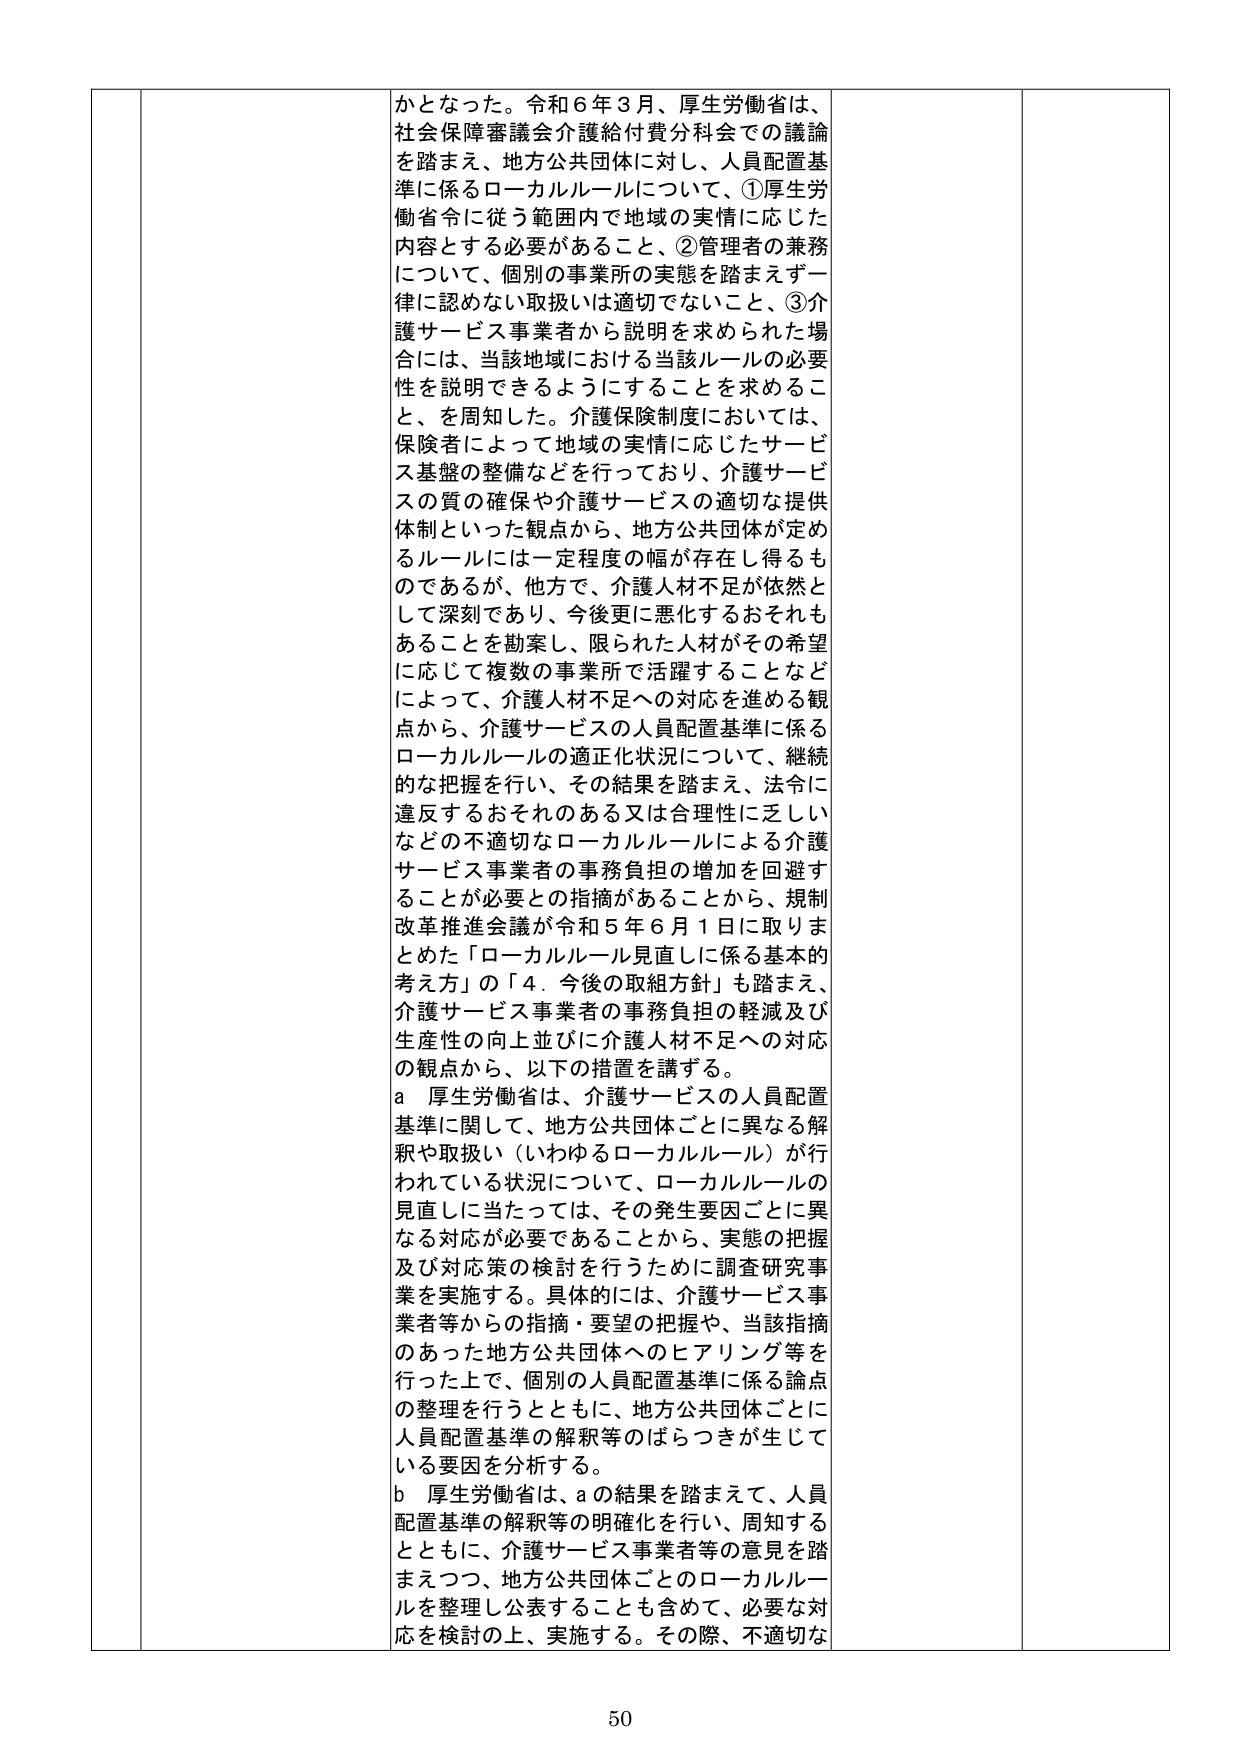
かとなった。令和６年３月、厚生労働省は、社会保障審議会介護給付費分科会での議論を踏まえ、地方公共団体に対し、人員配置基準に係るローカルルールについて、①厚生労働省令に従う範囲内で地域の実情に応じた内容とする必要があること、②管理者の兼務について、個別の事業所の実態を踏まえず一律に認めない取扱いは適切でないこと、③介護サービス事業者から説明を求められた場合には、当該地域における当該ルールの必要性を説明できるようにすることを求めるこ と、を周知した。介護保険制度においては、保険者によって地域の実情に応じたサービス基盤の整備などを行っており、介護サービスの質の確保や介護サービスの適切な提供体制といった観点から、地方公共団体が定めるルールには一定程度の幅が存在し得るものであるが、他方で、介護人材不足が依然として深刻であり、今後更に悪化するおそれもあることを勘案し、限られた人材がその希望に応じて複数の事業所で活躍することなどによって、介護人材不足への対応を進める観点から、介護サービスの人員配置基準に係るローカルルールの適正化状況について、継続的な把握を行い、その結果を踏まえ、法令に違反するおそれのある又は合理性に乏しいなどの不適切なローカルルールによる介護サービス事業者の事務負担の増加を回避することが必要との指摘があることから、規制改革推進会議が令和５年６月１日に取りまとめた「ローカルルール見直しに係る基本的考え方」の「４．今後の取組方針」も踏まえ、介護サービス事業者の事務負担の軽減及び生産性の向上並びに介護人材不足への対応の観点から、以下の措置を講ずる。

ａ 厚生労働省は、介護サービスの人員配置基準に関して、地方公共団体ごとに異なる解釈や取扱い（いわゆるローカルルール）が行われている状況について、ローカルルールの見直しに当たっては、その発生要因ごとに異なる対応が必要であることから、実態の把握及び対応策の検討を行うために調査研究事業を実施する。具体的には、介護サービス事業者等からの指摘・要望の把握や、当該指摘のあった地方公共団体へのヒアリング等を行った上で、個別の人員配置基準に係る論点の整理を行うとともに、地方公共団体ごとに人員配置基準の解釈等のばらつきが生じている要因を分析する。

ｂ 厚生労働省は、ａの結果を踏まえて、人員配置基準の解釈等の明確化を行い、周知するとともに、介護サービス事業者等の意見を踏まえつつ、地方公共団体ごとのローカルルールを整理し公表することも含めて、必要な対応を検討の上、実施する。その際、不適切な

50